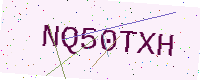
Text: NQ50TXH